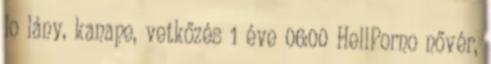
lo lány, kanape, vetkőzés 1 éve 06:00 HellPorno nővér,